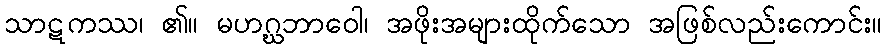
သာဋကဿ၊ ၏။ မဟဂ္ဃဘာဝေါ၊ အဖိုးအများထိုက်သော အဖြစ်လည်းကောင်း။